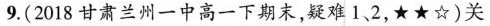
9.(2018甘肃兰州一中高一下期末，疑难1.2，★★☆)关